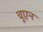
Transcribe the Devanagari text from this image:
चुएन